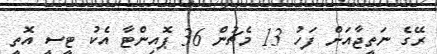
ރޭގެ ނަތީޖާއަށް ފަހު 13 މެޗުން 36 ޕޮއިންޓާ އެކު ޓީސީ އޮތީ